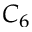
C _ { 6 }